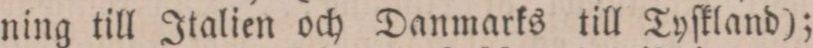
ning till Italien och Danmarks till Tyſkland);